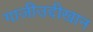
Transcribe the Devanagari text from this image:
गाजीउद्दीखान